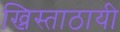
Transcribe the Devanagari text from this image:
ख्रिस्ताठायी